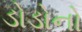
ડોડોનો